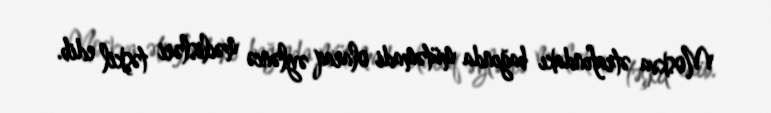
Moskva ətrafındakı bağında mütəmadi olaraq əyləncə məclisləri təşkil edib.